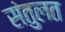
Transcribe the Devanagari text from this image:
संतुलत